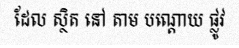
ដែល ស្ថិត នៅ តាម បណ្តោយ ផ្លូវ